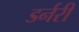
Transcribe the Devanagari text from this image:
डर्नरी